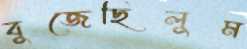
বুজেছিলুম